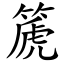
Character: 篪